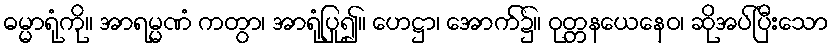
ဓမ္မာရုံကို။ အာရမ္မဏံ ကတွာ၊ အာရုံပြု၍။ ဟေဋ္ဌာ၊ အောက်၌။ ဝုတ္တနယေနေဝ၊ ဆိုအပ်ပြီးသော